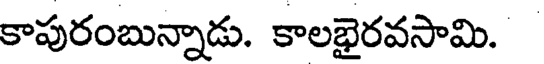
కాపురంబున్నాడు. కాలభైరవసామి.